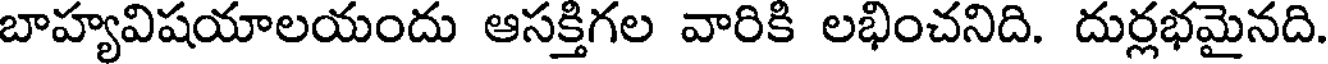
బాహ్యవిషయాలయందు ఆసక్తిగల వారికి లభించనిది. దుర్లభమైనది.